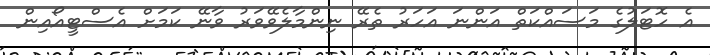
އެ ހޮޓަލުގެ މަސައްކަތް އަންނަ އަހަރު ތެރޭ ނިންމާލެވޭވަރު ވާނޭ ކަމަށް އެސްޓީއޯއިން